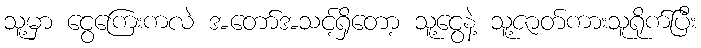
သူ့မှာ ငွေကြေးကလဲ အတော်အသင့်ရှိတော့ သူ့ငွေနဲ့ သူ့ဇာတ်ကားသူရိုက်ပြီး